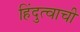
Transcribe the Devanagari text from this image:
हिंदुत्वाची